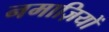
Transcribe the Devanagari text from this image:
नमाज़ियों